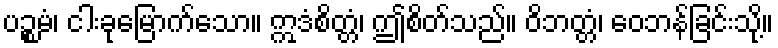
ပဉ္စမံ၊ ငါးခုမြောက်သော။ ဣဒံစိတ္တံ၊ ဤစိတ်သည်။ ဝိဘတ္တံ၊ ဝေဘန်ခြင်းသို့။